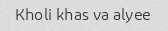
Kholi khas va alyee